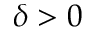
\delta > 0